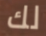
لك